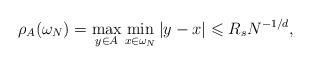
LaTeX: \begin{align*}\rho_A(\omega_N)=\max_{y\in A}\min_{x\in \omega_N} |y-x|\leqslant R_s N^{-1/d},\end{align*}